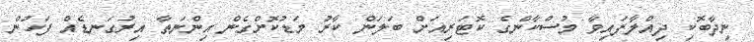
ނިދާބޮކި ދިއްލާފައިވާ މުސްކާންގެ ކޮޓަރިއަށް ބަލަން ކާރު މަޑުކޮށްގެން އިންނަތާ އިރުގަނޑެއް ފަހުން